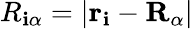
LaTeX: R_{\mathbf{i}\alpha}=|\mathbf{{r}}_{\mathbf{i}}-\mathbf{{R}}_{\alpha}|